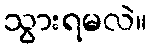
သွားရမလဲ။